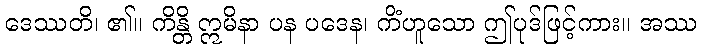
ဒေဿတိ၊ ၏။ ကိန္တိ ဣမိနာ ပန ပဒေန၊ ကိံဟူသော ဤပုဒ်ဖြင့်ကား။ အဿ